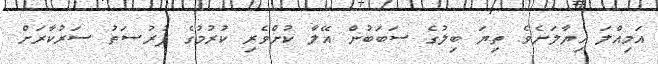
އަމިއްލަ ޚިޔާލަށެވެ. ތިޔަ ބިލުގެ ސަބަބުން އޭލާ ކުށްވެރި ކުރުމުގެ ފުރުޞަތު ސަރުކާރަށް